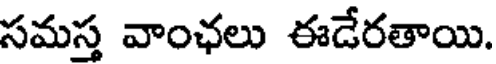
సమస్త వాంఛలు ఈడేరతాయి.